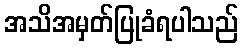
အသိအမှတ်ပြုခံရပါသည်